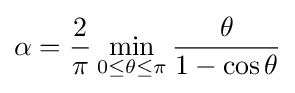
\displaystyle \alpha ={\frac {2}{\pi }}\min _{0\leq \theta \leq \pi }{\frac {\theta }{1-\cos \theta }}